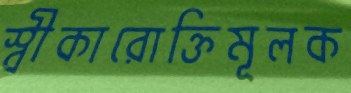
স্বীকারোক্তিমূলক